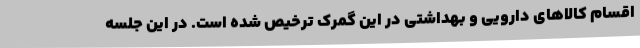
اقسام کالاهای دارویی و بهداشتی در این گمرک ترخیص شده است. در این جلسه